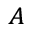
_ A